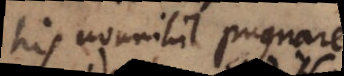
his nonnihil pugnare